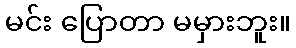
မင်း ပြောတာ မမှားဘူး။